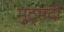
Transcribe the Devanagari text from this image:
मुठ्मर्दी